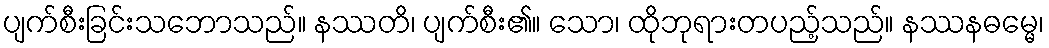
ပျက်စီးခြင်းသဘောသည်။ နဿတိ၊ ပျက်စီး၏။ သော၊ ထိုဘုရားတပည့်သည်။ နဿနဓမ္မေ၊